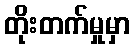
တိုးတက်မှုမှာ